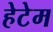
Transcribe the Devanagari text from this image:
हेटेम